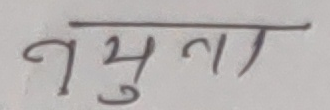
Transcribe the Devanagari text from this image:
यमुना